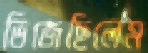
ভিজেছিলেম